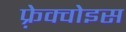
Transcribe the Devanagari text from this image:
फ़्रेक्वोइस